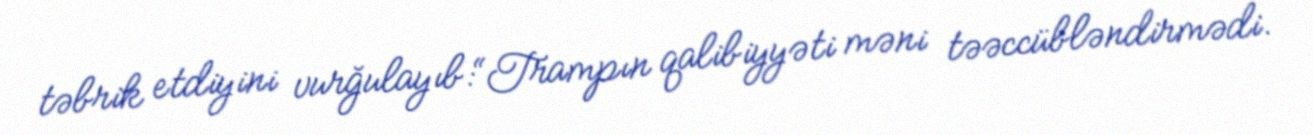
təbrik etdiyini vurğulayıb:“Trampın qalibiyyəti məni təəccübləndirmədi.